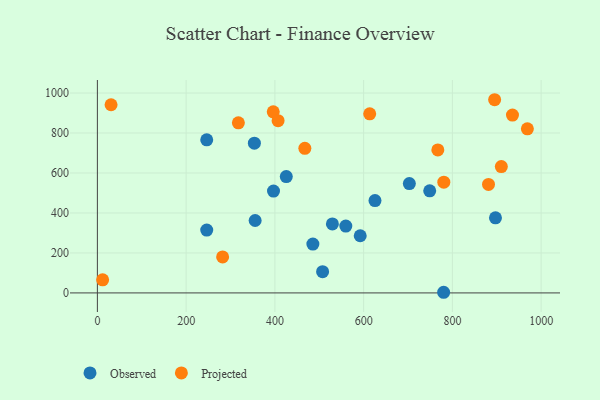
{"axis": {"x": "Experience", "y": "Exam Score"}, "legend": ["Observed", "Projected"], "data": [{"x": "748.9", "y": 510.7, "type": "Observed"}, {"x": "625.6", "y": 461.9, "type": "Observed"}, {"x": "425.7", "y": 582.2, "type": "Observed"}, {"x": "897.1", "y": 375.8, "type": "Observed"}, {"x": "246.4", "y": 314.4, "type": "Observed"}, {"x": "559.8", "y": 334.4, "type": "Observed"}, {"x": "507.5", "y": 106.4, "type": "Observed"}, {"x": "485.6", "y": 244.3, "type": "Observed"}, {"x": "592.3", "y": 285.9, "type": "Observed"}, {"x": "246.4", "y": 766.0, "type": "Observed"}, {"x": "780.3", "y": 3.2, "type": "Observed"}, {"x": "396.9", "y": 509.4, "type": "Observed"}, {"x": "703.0", "y": 547.3, "type": "Observed"}, {"x": "353.8", "y": 749.0, "type": "Observed"}, {"x": "355.5", "y": 362.4, "type": "Observed"}, {"x": "529.6", "y": 345.1, "type": "Observed"}, {"x": "317.7", "y": 851.2, "type": "Projected"}, {"x": "881.4", "y": 543.0, "type": "Projected"}, {"x": "910.3", "y": 632.2, "type": "Projected"}, {"x": "30.8", "y": 941.4, "type": "Projected"}, {"x": "767.2", "y": 715.3, "type": "Projected"}, {"x": "895.2", "y": 966.6, "type": "Projected"}, {"x": "396.3", "y": 906.3, "type": "Projected"}, {"x": "969.0", "y": 820.9, "type": "Projected"}, {"x": "11.8", "y": 65.4, "type": "Projected"}, {"x": "407.2", "y": 862.0, "type": "Projected"}, {"x": "935.4", "y": 890.0, "type": "Projected"}, {"x": "780.7", "y": 553.9, "type": "Projected"}, {"x": "467.5", "y": 723.5, "type": "Projected"}, {"x": "613.7", "y": 895.9, "type": "Projected"}, {"x": "282.2", "y": 179.9, "type": "Projected"}]}